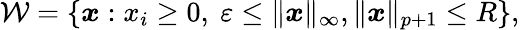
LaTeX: \begin{array}{r}{\mathcal{W}=\{ {\boldsymbol x}:x_{i}\geq 0,\ \varepsilon\leq\| {\boldsymbol x}\| _{\infty},\| {\boldsymbol x}\| _{p+1}\leq R\} ,}\end{array}